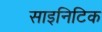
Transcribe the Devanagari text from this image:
साइनिटिक